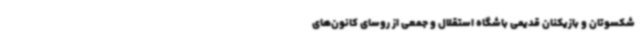
شکسوتان و بازیکنان قدیمی باشگاه استقلال و جمعی از روسای کانون‌های